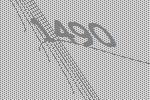
1490